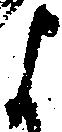
よ